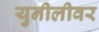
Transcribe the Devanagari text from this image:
युनीलीवर